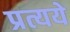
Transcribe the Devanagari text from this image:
प्रत्यये